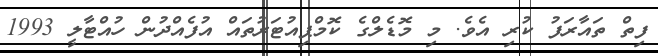
ފިތް ތައާރަފު ކުރި އެވެ. މި މޮޑެލްގެ ކޮމްޕިއުޓަރުތައް އުފެއްދުން ހުއްޓާލީ 1993